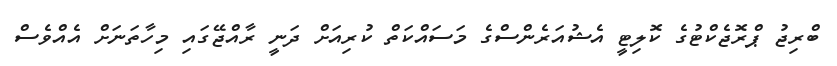
ބްރިޖު ޕްރޮޖެކްޓުގެ ކޮލިޓީ އެޝުއަރެންސްގެ މަސައްކަތް ކުރިއަށް ދަނީ ރާއްޖޭގައި މިހާތަނަށް އެއްވެސް